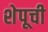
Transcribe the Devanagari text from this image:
शेपूची